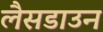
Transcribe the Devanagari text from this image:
लैसडाउन